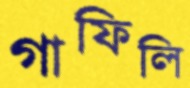
গাফিলি